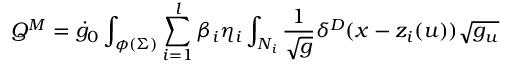
Q ^ { M } = \dot { g } _ { 0 } \int _ { \phi ( \Sigma ) } \sum _ { i = 1 } ^ { l } \beta _ { i } \eta _ { i } \int _ { N _ { i } } \frac 1 { \sqrt { g } } \delta ^ { D } ( x - z _ { i } ( u ) ) \sqrt { g _ { u } }